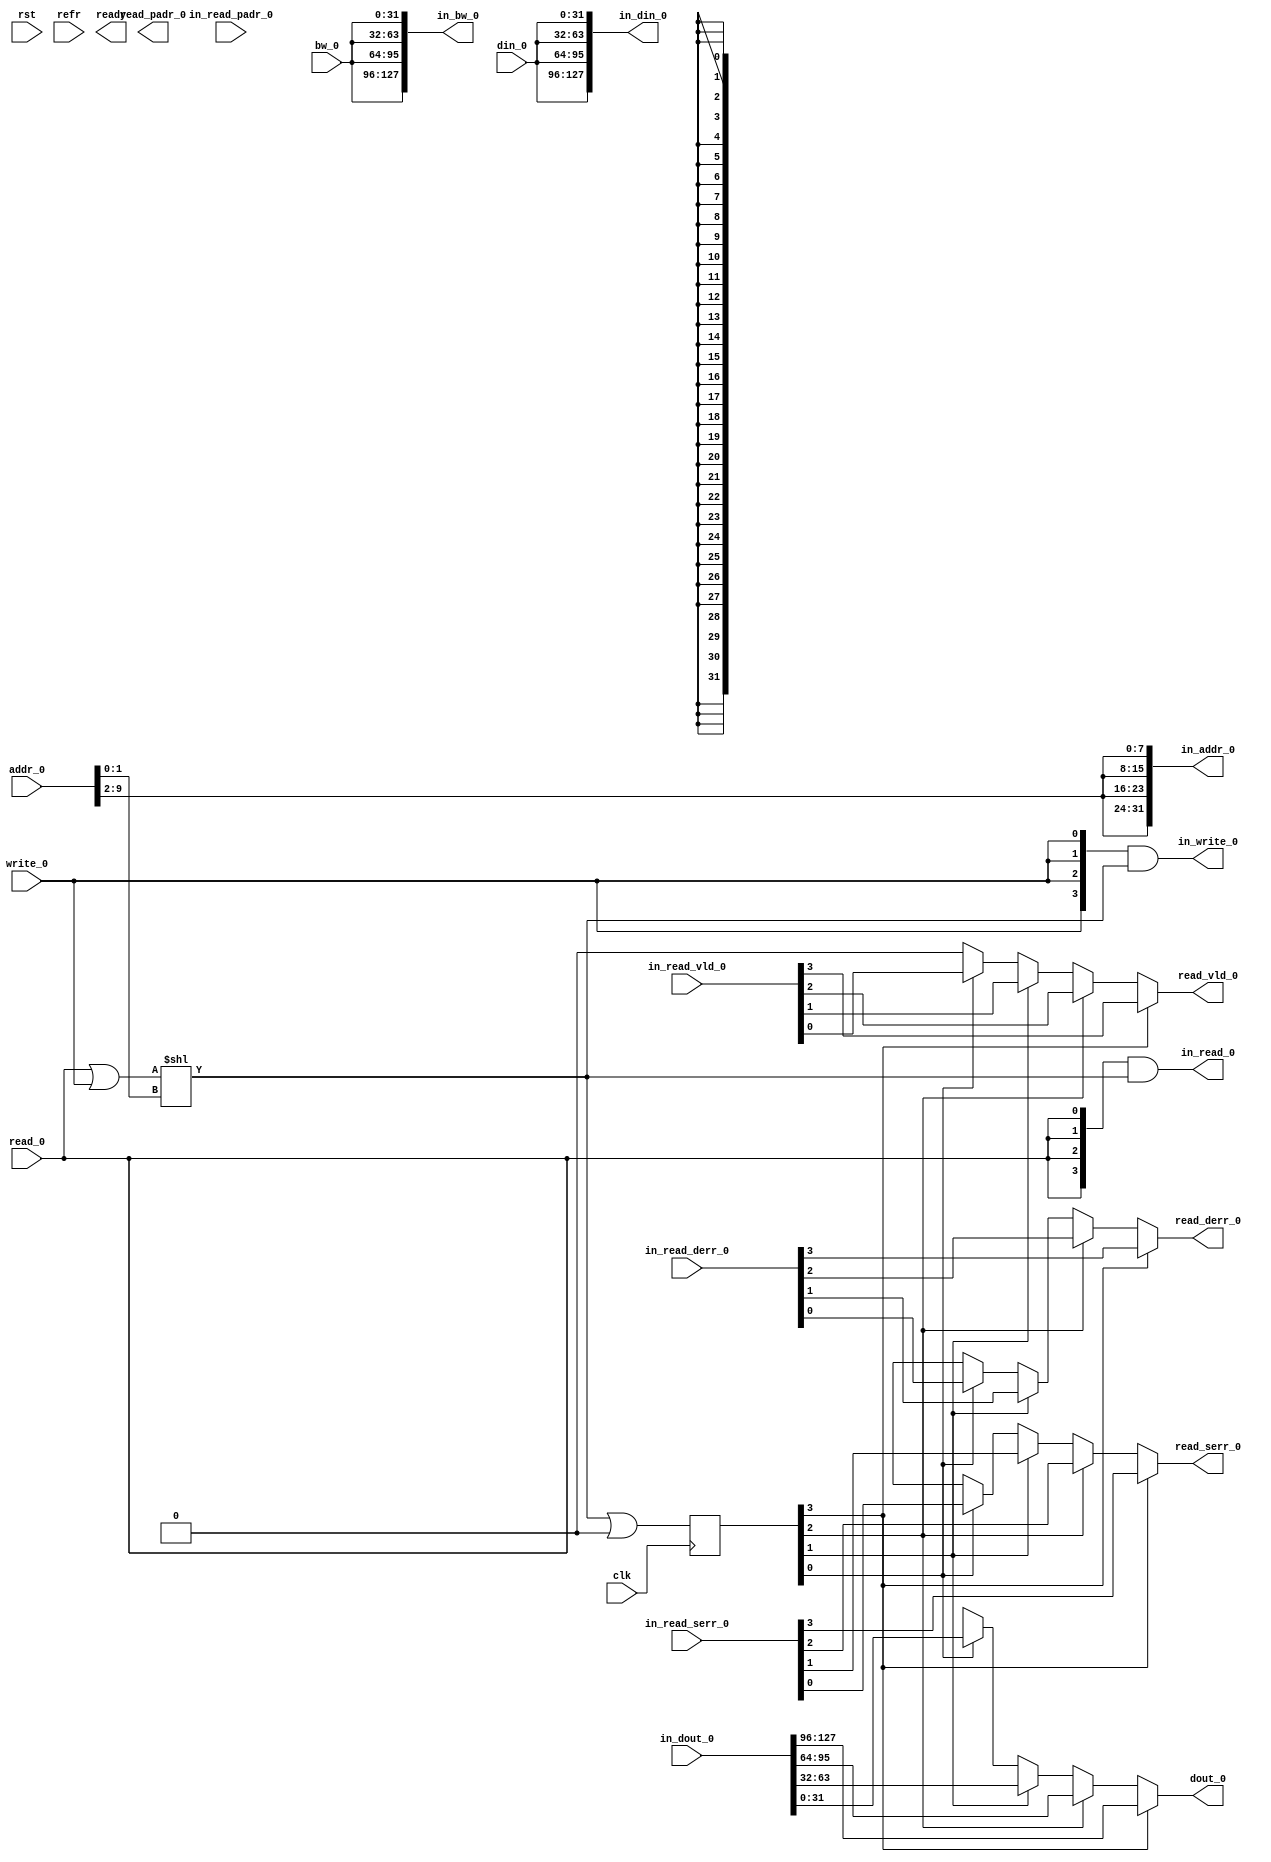
module infra_potwsp_1rw
#(
parameter AW = 10, 
parameter DW = 32,
parameter WSPF = 4,
parameter BNKAW = 8,
parameter PADW = 0,
parameter POTWSPF = 1,
parameter LATENCY = 1
)
(
input clk, 
input rst, 
input refr,
output ready,
 
input 				read_0, 
input 				write_0, 
input  [AW - 1:0] 	addr_0, 
input  [DW-1:0] 	bw_0,
input  [DW - 1:0] 	din_0, 
output reg [DW - 1:0] 	dout_0,
output reg				read_vld_0, 
output reg				read_serr_0,
output reg				read_derr_0, 
output [PADW - 1:0] read_padr_0,

output [WSPF - 1:0]			in_read_0, 
output [WSPF - 1:0]			in_write_0, 
output [BNKAW*WSPF - 1:0] 	in_addr_0, 
output [DW*WSPF - 1:0] 		in_bw_0,
output [DW*WSPF - 1:0] 		in_din_0, 
input  [DW*WSPF - 1:0] 		in_dout_0,
input  [WSPF - 1:0]			in_read_vld_0, 
input  [WSPF - 1:0]			in_read_serr_0,
input  [WSPF - 1:0]			in_read_derr_0, 
input  [PADW*WSPF - 1:0] 	in_read_padr_0
);

parameter DIFAW = AW - BNKAW;
wire[BNKAW-1:0] bank_addr_0 	= POTWSPF ?  addr_0 >> DIFAW : addr_0;
wire[DIFAW-1:0] bank_sel_0 	= POTWSPF ? addr_0 : addr_0 >> BNKAW;
wire 		cen_0	   	= read_0 | write_0;
wire[WSPF-1:0]  bank_cen_0 	= cen_0 << bank_sel_0;

assign in_read_0 = {WSPF{read_0}} & bank_cen_0;
assign in_write_0 = {WSPF{write_0}} & bank_cen_0;
assign in_addr_0 = {WSPF{bank_addr_0}};
assign in_bw_0 = {WSPF{bw_0}};
assign in_din_0 = {WSPF{din_0}};

reg  [WSPF*LATENCY-1:0]  bank_cen_reg_0;
always @(posedge clk) begin bank_cen_reg_0 <= bank_cen_0 << WSPF*(LATENCY-1) |  bank_cen_reg_0 >> WSPF; end

integer i;
always @(*) begin
	dout_0 = 'hx; 
	read_vld_0 =0; 
	read_serr_0 = 'hx; 
	read_derr_0 = 'hx;
	for(i=0; i<WSPF; i=i+1) begin
		if(bank_cen_reg_0[i]) begin
			dout_0 = in_dout_0 >> i*DW;
			read_vld_0 = in_read_vld_0[i];
			read_serr_0 = in_read_serr_0[i];
			read_derr_0 = in_read_derr_0[i];
		end
	end
end

endmodule